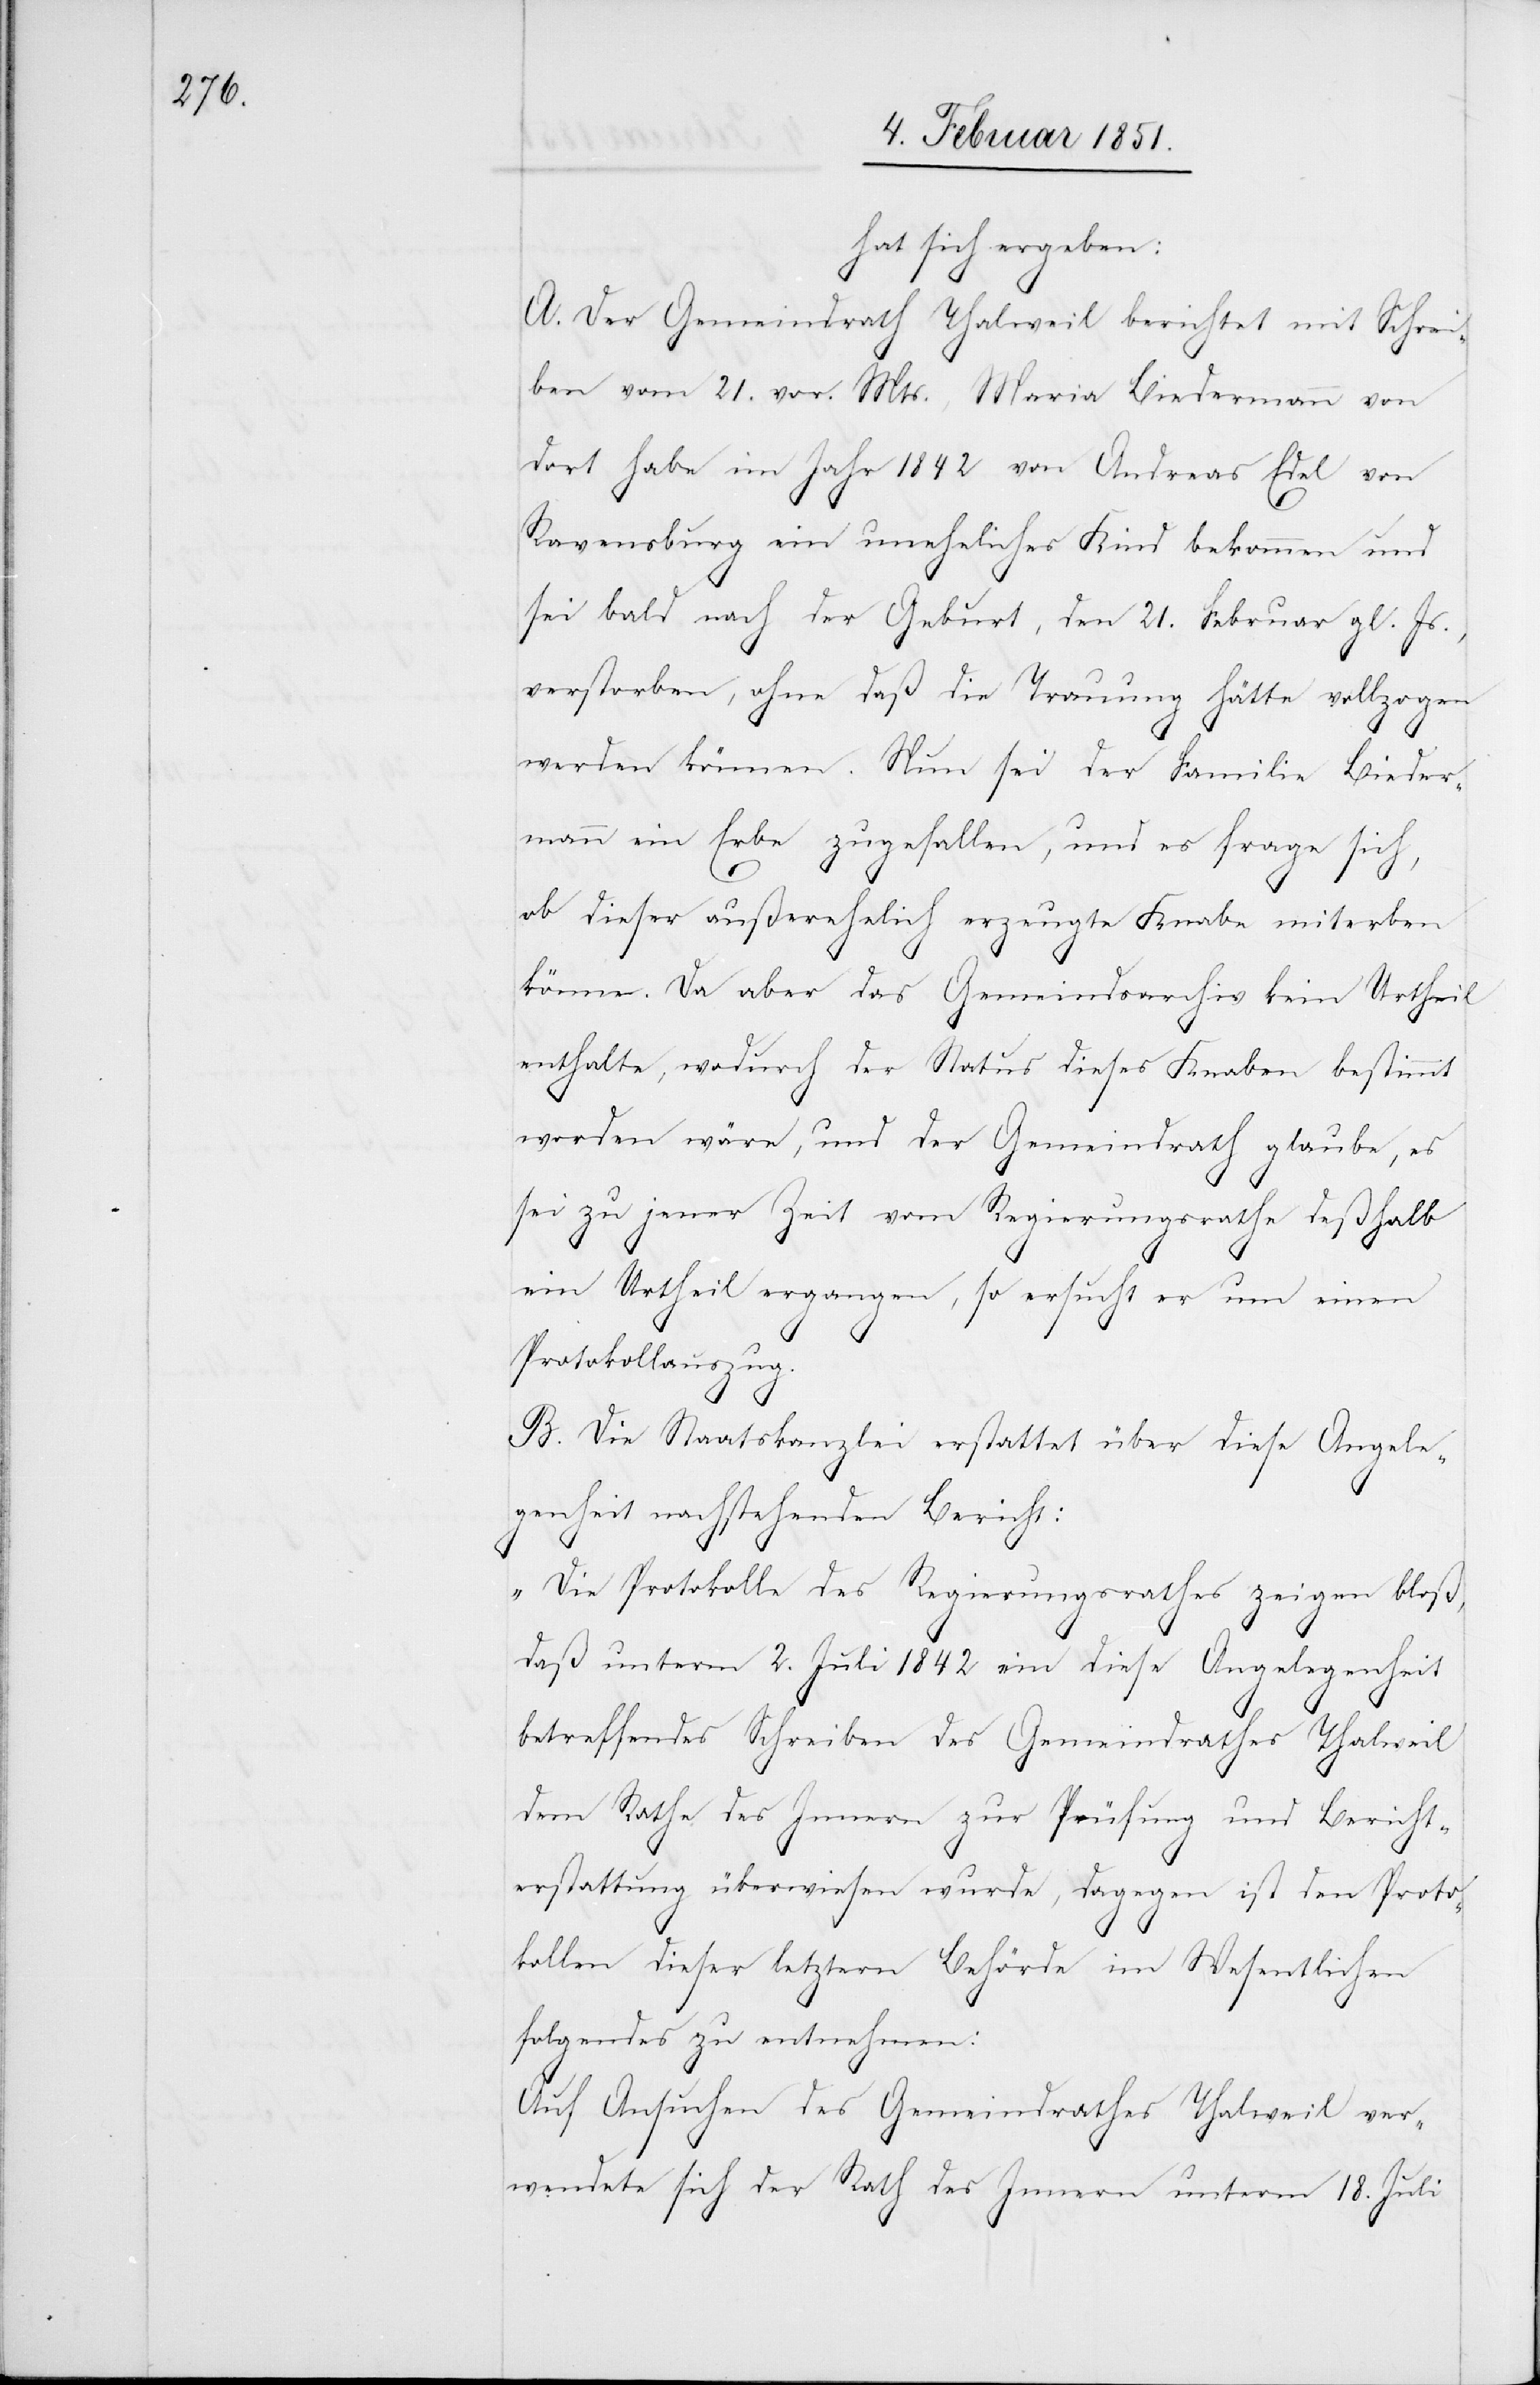
hat sich ergeben:
A. Der Gemeindrath Thalweil berichtet mit Schrei¬
ben vom 21. vor. Mts., Maria Biedermann von
dort habe im Jahr 1842 von Andreas Edel von
Ravensburg ein uneheliches Kind bekommen und
sei bald nach der Geburt, den 21. Februar gl. Js.,
verstorben, ohne daß die Trauung hätte vollzogen
werden können. Nun sei der Familie Bieder¬
mann ein Erbe zugefallen, und es frage sich,
ob dieser außerehelich erzeugte Knabe miterben
könne. Da aber das Gemeindsarchiv kein Urtheil
enthalte, wodurch der Status dieses Knaben bestimmt
worden wäre, und der Gemeindrath glaube, es
sei zu jener Zeit vom Regierungsrathe deßhalb
ein Urtheil ergangen, so ersucht er um einen
Protokollauszug.
B. Die Staatskanzlei erstattet über diese Angele¬
genheit nachstehenden Bericht:
„Die Protokolle des Regierungsrathes zeigen bloß,
daß unterm 2. Juli 1842 ein diese Angelegenheit
betreffendes Schreiben des Gemeindrathes Thalweil
dem Rathe des Innern zur Prüfung und Bericht¬
erstattung überwiesen wurde, dagegen ist den Proto¬
kollen dieser letztern Behörde im Wesentlichen
folgendes zu entnehmen:
Auf Ansuchen des Gemeindrathes Thalweil ver¬
wendete sich der Rath des Innern unterm 18. Juli